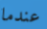
عندما